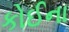
કોઈના